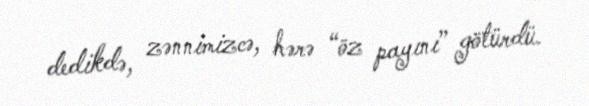
dedikdə, zənnimizcə, hərə “öz payını” götürdü.